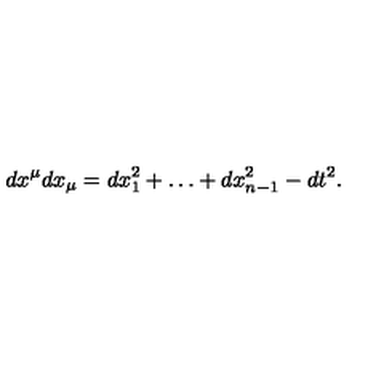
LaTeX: d x ^ { \mu } d x _ { \mu } = d x _ { 1 } ^ { 2 } + \ldots + d x _ { n - 1 } ^ { 2 } - d t ^ { 2 } .